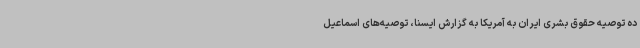
ده توصیه حقوق بشری ایران به آمریکا به گزارش ایسنا، توصیه‌های اسماعیل